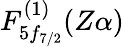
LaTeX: F_{5f_{7/2}}^{(1)}(Z\alpha)